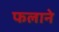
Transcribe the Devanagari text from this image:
फलाने